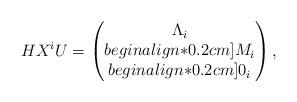
LaTeX: \begin{align*}HX^iU = \begin{pmatrix}\Lambda_i \\begin{align*}0.2cm] M_i \\begin{align*}0.2cm] 0_i\end{pmatrix},\end{align*}